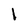
Character: l